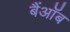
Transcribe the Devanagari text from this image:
बैंऑब